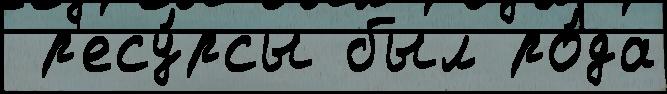
 р'есу́рсы был ро́да